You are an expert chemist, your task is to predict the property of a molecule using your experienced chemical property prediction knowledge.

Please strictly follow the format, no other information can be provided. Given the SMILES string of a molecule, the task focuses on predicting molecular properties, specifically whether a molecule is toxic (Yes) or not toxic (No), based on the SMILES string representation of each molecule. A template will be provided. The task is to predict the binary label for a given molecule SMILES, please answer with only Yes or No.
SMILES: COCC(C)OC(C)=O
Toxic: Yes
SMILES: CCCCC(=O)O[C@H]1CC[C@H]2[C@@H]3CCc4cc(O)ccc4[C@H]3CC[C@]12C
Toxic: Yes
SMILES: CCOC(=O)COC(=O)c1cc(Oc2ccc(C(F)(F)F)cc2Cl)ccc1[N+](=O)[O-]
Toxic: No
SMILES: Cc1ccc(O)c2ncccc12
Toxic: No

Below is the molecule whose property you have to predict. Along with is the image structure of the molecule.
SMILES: O=C([O-])c1ccc(NC(=O)[C@H](Cc2ccc(O)cc2)NC(=O)c2ccccc2)cc1
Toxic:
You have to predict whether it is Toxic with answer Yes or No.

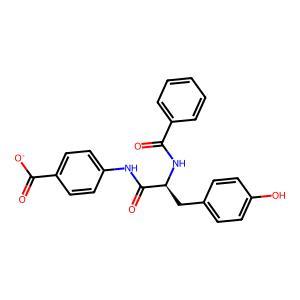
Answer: No